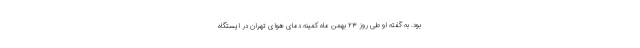
بود. به گفته او طی روز ۲۳ بهمن ماه کمینه دمای هوای تهران در ایستگاه